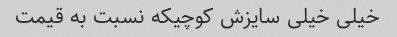
خیلی خیلی سایزش کوچیکه نسبت به قیمت